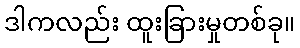
ဒါကလည်း ထူးခြားမှုတစ်ခု။